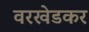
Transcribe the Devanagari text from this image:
वरखेडकर